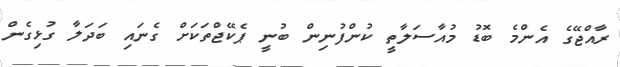
ރާއްޖޭގެ އެންމެ ބޮޑު މުއާސަލާތީ ކުންފުނިން ބުނީ ޕެކޭޖްތަކަށް ގެނައި ބަދަލާ ގުޅިގެން